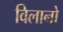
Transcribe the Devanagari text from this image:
विलानो